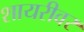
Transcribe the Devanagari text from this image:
शायरीवर